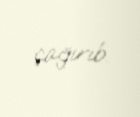
çağırıb.